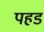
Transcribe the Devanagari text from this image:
पहड